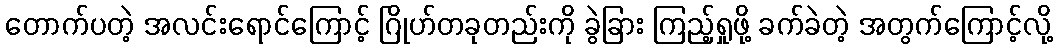
တောက်ပတဲ့ အလင်းရောင်ကြောင့် ဂြိုဟ်တခုတည်းကို ခွဲခြား ကြည့်ရှုဖို့ ခက်ခဲတဲ့ အတွက်ကြောင့်လို့